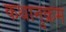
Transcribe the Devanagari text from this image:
कथानुक्रम